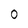
Character: 0